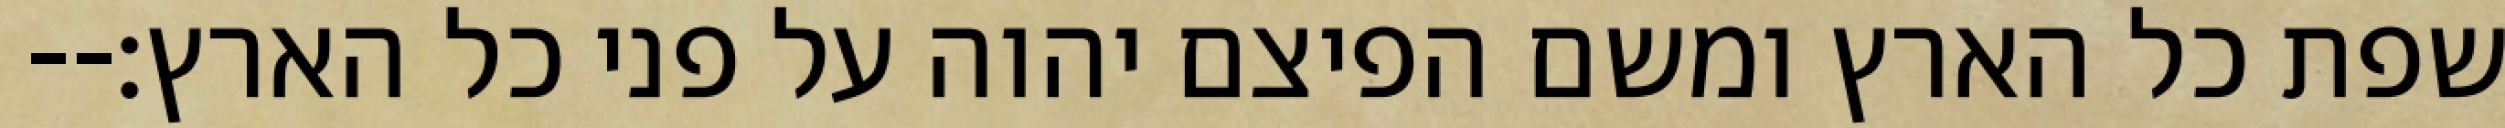
שפת כל הארץ ומשם הפיצם יהוה על פני כל הארץ׃--